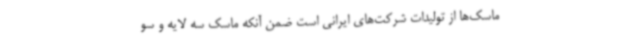
ماسک‌ها از تولیدات شرکت‌های ایرانی است ضمن آنکه ماسک سه لایه و سو